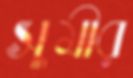
সুমীর